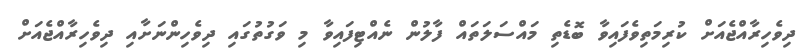
ދިވެހިރާއްޖެއަށް ކުރިމަތިވެފައިވާ ބޮޑެތި މައްސަލަތައް ފާލުން ނެއްޓިފައިވާ މި ވަގުތުގައި ދިވެހިންނަށާއި ދިވެހިރާއްޖެއަށް